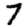
Digit: 7